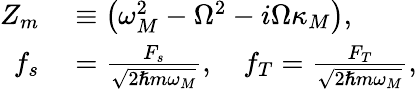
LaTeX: \begin{array}{rl}{Z_{m}}&{{}\equiv\left(\omega_{M}^{2}-\Omega^{2}-i\Omega\kappa_{M}\right),}\\ {f_{s}}&{{}=\frac{F_{s}}{\sqrt{2\hslash m\omega_{M}}},\quad f_{T}=\frac{F_{T}}{\sqrt{2\hslash m\omega_{M}}},}\end{array}